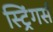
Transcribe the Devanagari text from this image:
स्ट्रिंगर्स